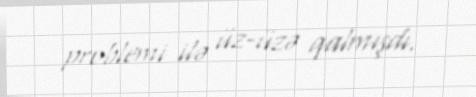
problemi ilə üz-üzə qalmışdı.